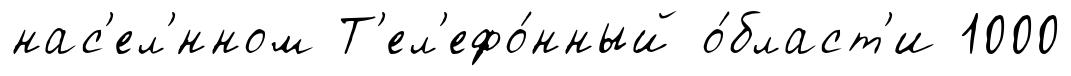
нас'ел'́нном Т'ел'ефо́нный о́бласт'и 1000